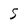
Character: 5